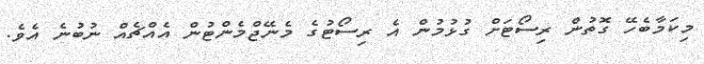
މިކަމާބެހޭ ގޮތުން ރިސޯޓަށް ގުޅުމުން އެ ރިސޯޓުގެ މެނޭޖްމެންޓުން އެއްޗެއް ނުބުނެ އެވެ.